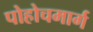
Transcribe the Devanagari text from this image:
पोहोचमार्ग